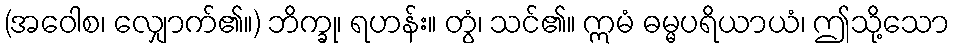
(အဝေါစ၊ လျှောက်၏။) ဘိက္ခု၊ ရဟန်း။ တွံ၊ သင်၏။ ဣမံ ဓမ္မပရိယာယံ၊ ဤသို့သော